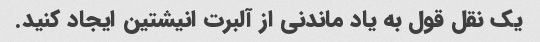
یک نقل قول به یاد ماندنی از آلبرت انیشتین ایجاد کنید.